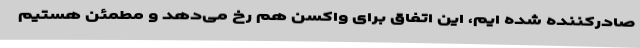
صادرکننده شده ‌ایم، این اتفاق برای واکسن هم رخ می‌دهد و مطمئن هستیم